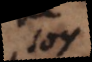
soy